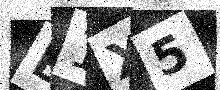
Text: B1X5